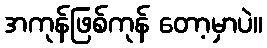
အကုန်ဖြစ်ကုန် တော့မှာပဲ။